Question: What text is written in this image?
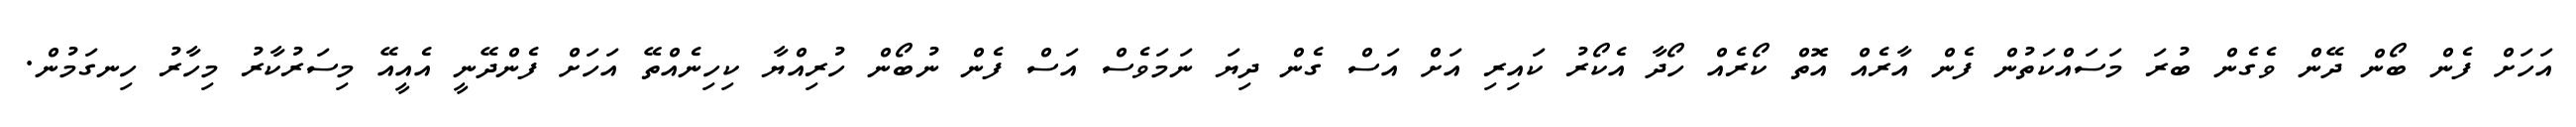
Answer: އަހަށް ފެން ބޯން ދޭން ވެގެން ބުރަ މަސައްކަތުން ފެން އާރެއް އޮތް ކޯރެއް ހޯދާ އެކޯރު ކައިރި އަށް އަސް ގެން ދިޔަ ނަމަވެސް އަސް ފެން ނުބޯން ހުރިއްޔާ ކިހިނެއްތޭ އަހަށް ފެންދޭނީ އެއީއޭ މިސަރުކާރު މިހާރު ހިނގަމުން.